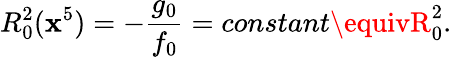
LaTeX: R_{0}^{2}(\mathbf{x}^{5})=-\frac{{g_{0}}}{{f_{0}}}=constant\equivR_{0}^{2}.